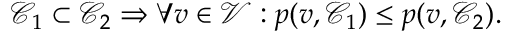
\mathcal { C } _ { 1 } \subset \mathcal { C } _ { 2 } \Rightarrow \forall v \in \mathcal { V } : p ( v , \mathcal { C } _ { 1 } ) \leq p ( v , \mathcal { C } _ { 2 } ) .